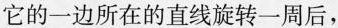
它的一边所在的直线旋转一周后，